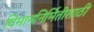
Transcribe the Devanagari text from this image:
विमाननिर्मितीसाठी